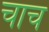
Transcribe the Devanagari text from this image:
चाच